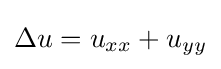
\Delta u=u_{xx}+u_{yy}